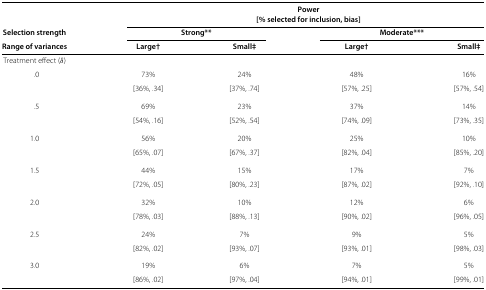
|  | <COLSPAN=4> Power |
 |  | <COLSPAN=4> [% selected for inclusion, bias] |
 | Selection strength | <COLSPAN=2> Strong** | <COLSPAN=2> Moderate*** |
 | Range of variances | Large† | Small‡ | Large† | Small‡ |
 | --- | --- | --- | --- | --- |
 | Treatment effect (δ) |  |  |  |  |
 | .0 | 73% | 24% | 48% | 16% |
 |  | [36%,.34] | [37%,.74] | [57%,.25] | [57%,.54] |
 | .5 | 69% | 23% | 37% | 14% |
 |  | [54%,.16] | [52%,.54] | [74%,.09] | [73%,.35] |
 | 1.0 | 56% | 20% | 25% | 10% |
 |  | [65%,.07] | [67%,.37] | [82%,.04] | [85%,.20] |
 | 1.5 | 44% | 15% | 17% | 7% |
 |  | [72%,.05] | [80%,.23] | [87%,.02] | [92%,.10] |
 | 2.0 | 32% | 10% | 12% | 6% |
 |  | [78%,.03] | [88%,.13] | [90%,.02] | [96%,.05] |
 | 2.5 | 24% | 7% | 9% | 5% |
 |  | [82%,.02] | [93%,.07] | [93%,.01] | [98%,.03] |
 | 3.0 | 19% | 6% | 7% | 5% |
 |  | [86%,.02] | [97%,.04] | [94%,.01] | [99%,.01] |